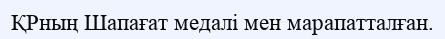
ҚРның Шапағат медалі мен марапатталған.